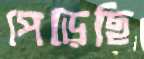
পেড়েছি